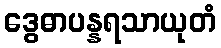
ဒွေဓာပန္နရသာယုတံ